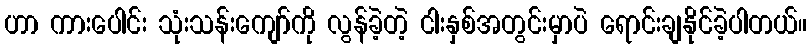
ဟာ ကားပေါင်း သုံးသန်းကျော်ကို လွန်ခဲ့တဲ့ ငါးနှစ်အတွင်းမှာပဲ ရောင်းချနိုင်ခဲ့ပါတယ်။